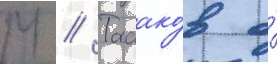
М // Табако́в о́